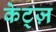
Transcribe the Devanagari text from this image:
केट्ज़